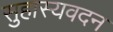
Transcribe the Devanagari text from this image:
सुहास्यवदन